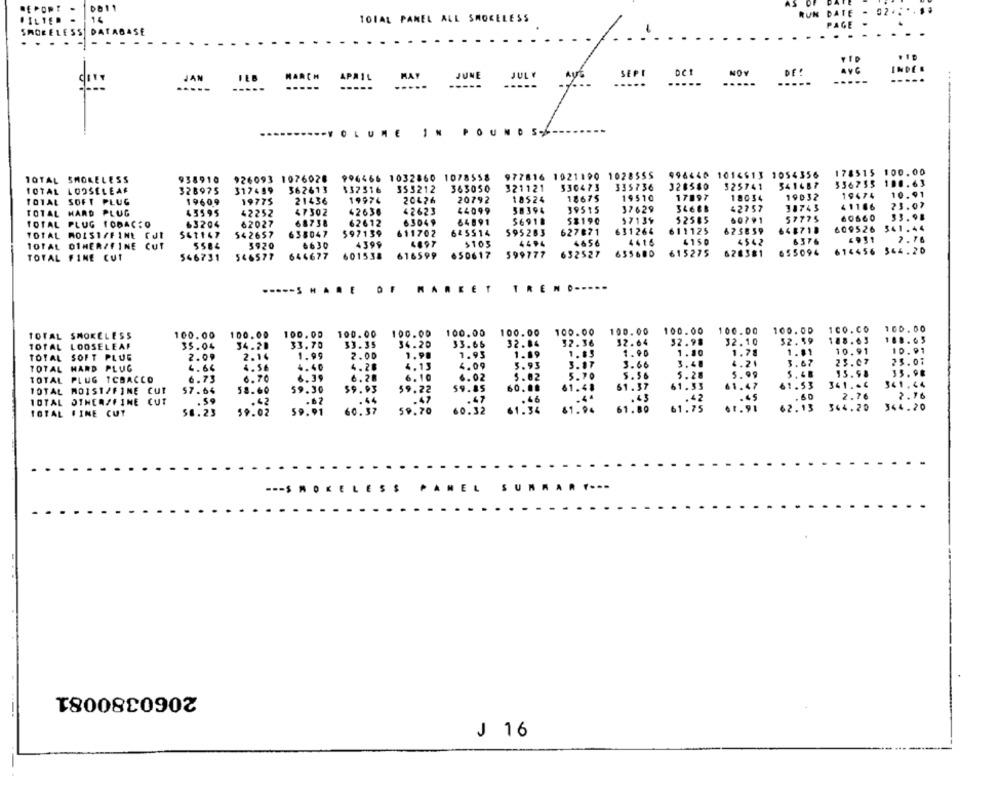
REPORT
DB11
TO1AL PANEL ALL SMOKELESS
SHORELESS DATABASE
DE!
MARCH
APAIL
MAY
JUNE
SEPI
HOY
INDES
JAN
.VOLUME
POUNDS
977816 1021190 1028555
998640 1016613 1054356
178515 100.00
TOTAL SMOKELESS
938910
926093 1076028
994466 1032860 1078558
336735 100.63
TOTAL LOOSELEAR
328975
317489
362613
$32516
353212
363050
321121
330473
335736
328580
525741
541487
20426
20792
18524
18675
19510
17897
18034
19032
19474
10.91
TOTAL SOFT PLUG
19609
19775
21436
19974
38743
41186
23.07
TOTAL HARD PLUG
43595
42252
47302
42638
42623
44099
38394
39515
37629
3468B
42757
68738
62612
63049
64891
56918
$$190
57139
$2585
60791
57775
60660
33.98
TOTAL PLUG TOBAC:O
63204
62027
625859
648718
609526 541.44
TOTAL MOIST/FINE CJI
$61147
542657
638047
$97139
611702
625514
595283
627871
631264
611125
TOTAL OTHER/FINE CUT
3920
6630
4399
4697
$103
4494
4656
4416
4150
4542
6376
4931
7. 76
599777
632527
635680
615275
626381
655094
614456 544.20
TOTAL FINE CUT
546731
546577
644677
601538
616599
650617
TREND -----
--- S ...
OF
MARKET
100.00
100.00
100.00
100.00
100.00
100.00
100.00
100.00
100.00
1CO.CO
100.00
TOTAL SMOKELESS
100.00
100.00
100.00
32.98
32.10
$2.59
188.63
TOTAL LOOSELEAF
35.04
34.20
33.70
34.20
33.66
32.84
52.36
32.64
10.91
TOTAL SOFT PLUS
2.09
2.14
1.99
1.83
1.90
1.78
3.48
4.21
23.07
TOTAL
HARD PLUG
4.64
4.56
35.98
TOTAL PLUG ICBACCO
6.73
6.70
6.39
5. 99
41.47
61.53
341,44
10TAL MOIST/FINE
CUT
57.64
58.60
59.30
2.76
TOTAL OTHERSFINE CUT
.42
58.23
59.02
59.01
60. 32
01:36
61:86
62.13
344.20
344.20
TOTAL FINE CUT
2060380081
J 16